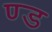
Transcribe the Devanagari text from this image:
ण्ड